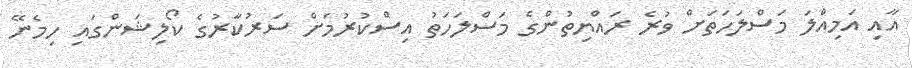
އާއި އަމިއްލަ މަސްލަހަތަށް ވުރެ ރައްޔިތުންގެ މަސްލަހަތު އިސްކުރުމަށް ސަރުކާރުގެ ކޯލިޝަންގައި ހިމެނޭ